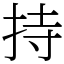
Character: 持